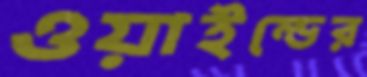
ওয়াইল্ডের